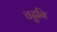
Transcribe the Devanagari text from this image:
चढुनि